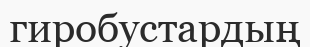
гиробустардың